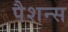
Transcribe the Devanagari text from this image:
पैशन्स